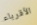
الأقرباء